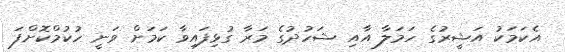
އެކަމަކު އަޝީރުގެ ހަމަލާ އާއި ޝަހުދުގެ މަރާ ގުޅިފައިވާ ކަމަށް ވަނީ ހުކުމްކޮށްފަ